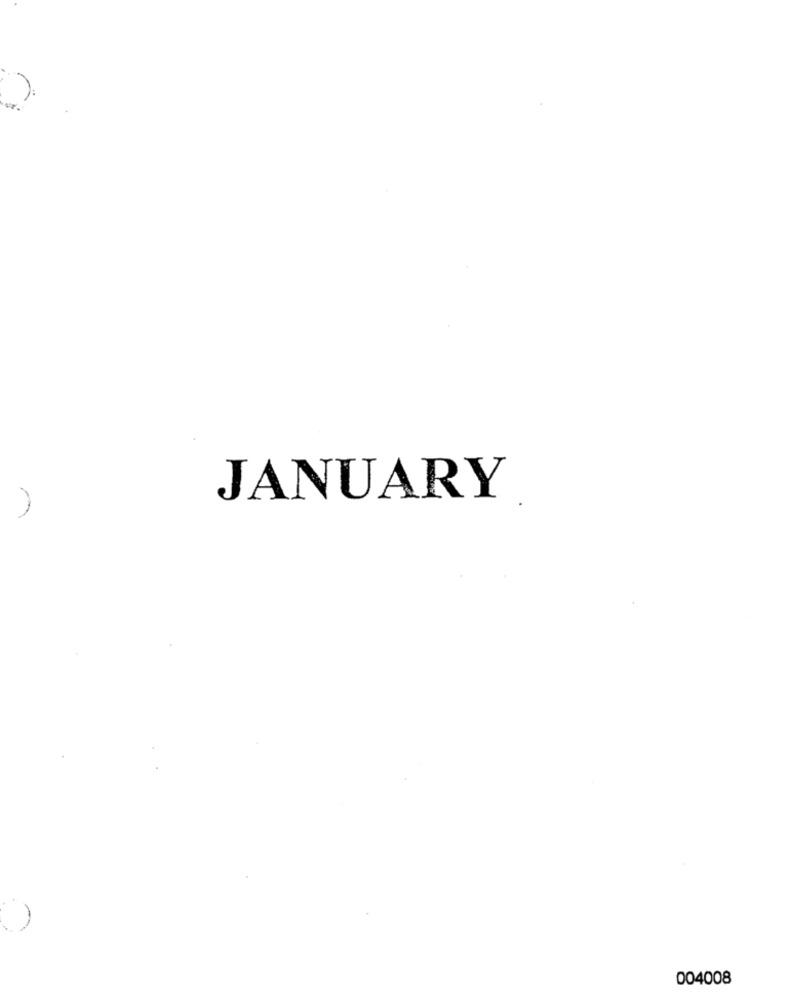
JANUARY
004008